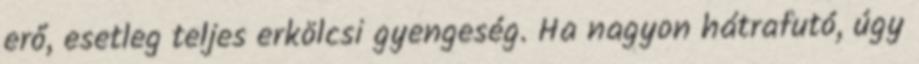
erő, esetleg teljes erkölcsi gyengeség. Ha nagyon hátrafutó, úgy